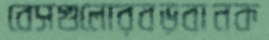
বেসগুলোরবড়বানক